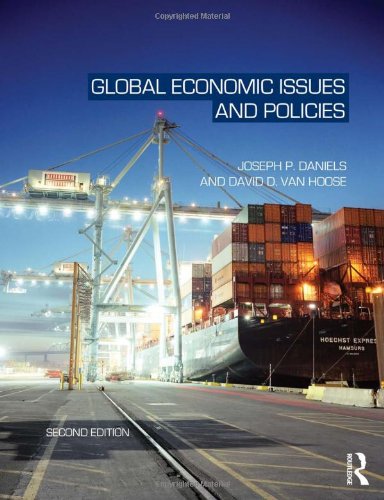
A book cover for Global Economic Issues and Policies; Joseph P. Daniels; Business & Money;